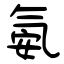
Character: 氨